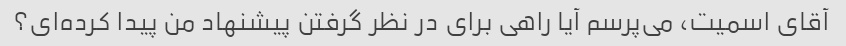
آقای اسمیت، می‌پرسم آیا راهی برای در نظر گرفتن پیشنهاد من پیدا کرده‌ای؟